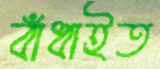
বাঁধাইত